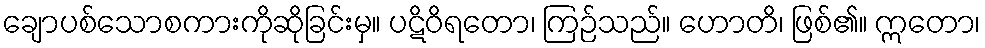
ချောပစ်သောစကားကိုဆိုခြင်းမှ။ ပဋိဝိရတော၊ ကြဉ်သည်။ ဟောတိ၊ ဖြစ်၏။ ဣတော၊